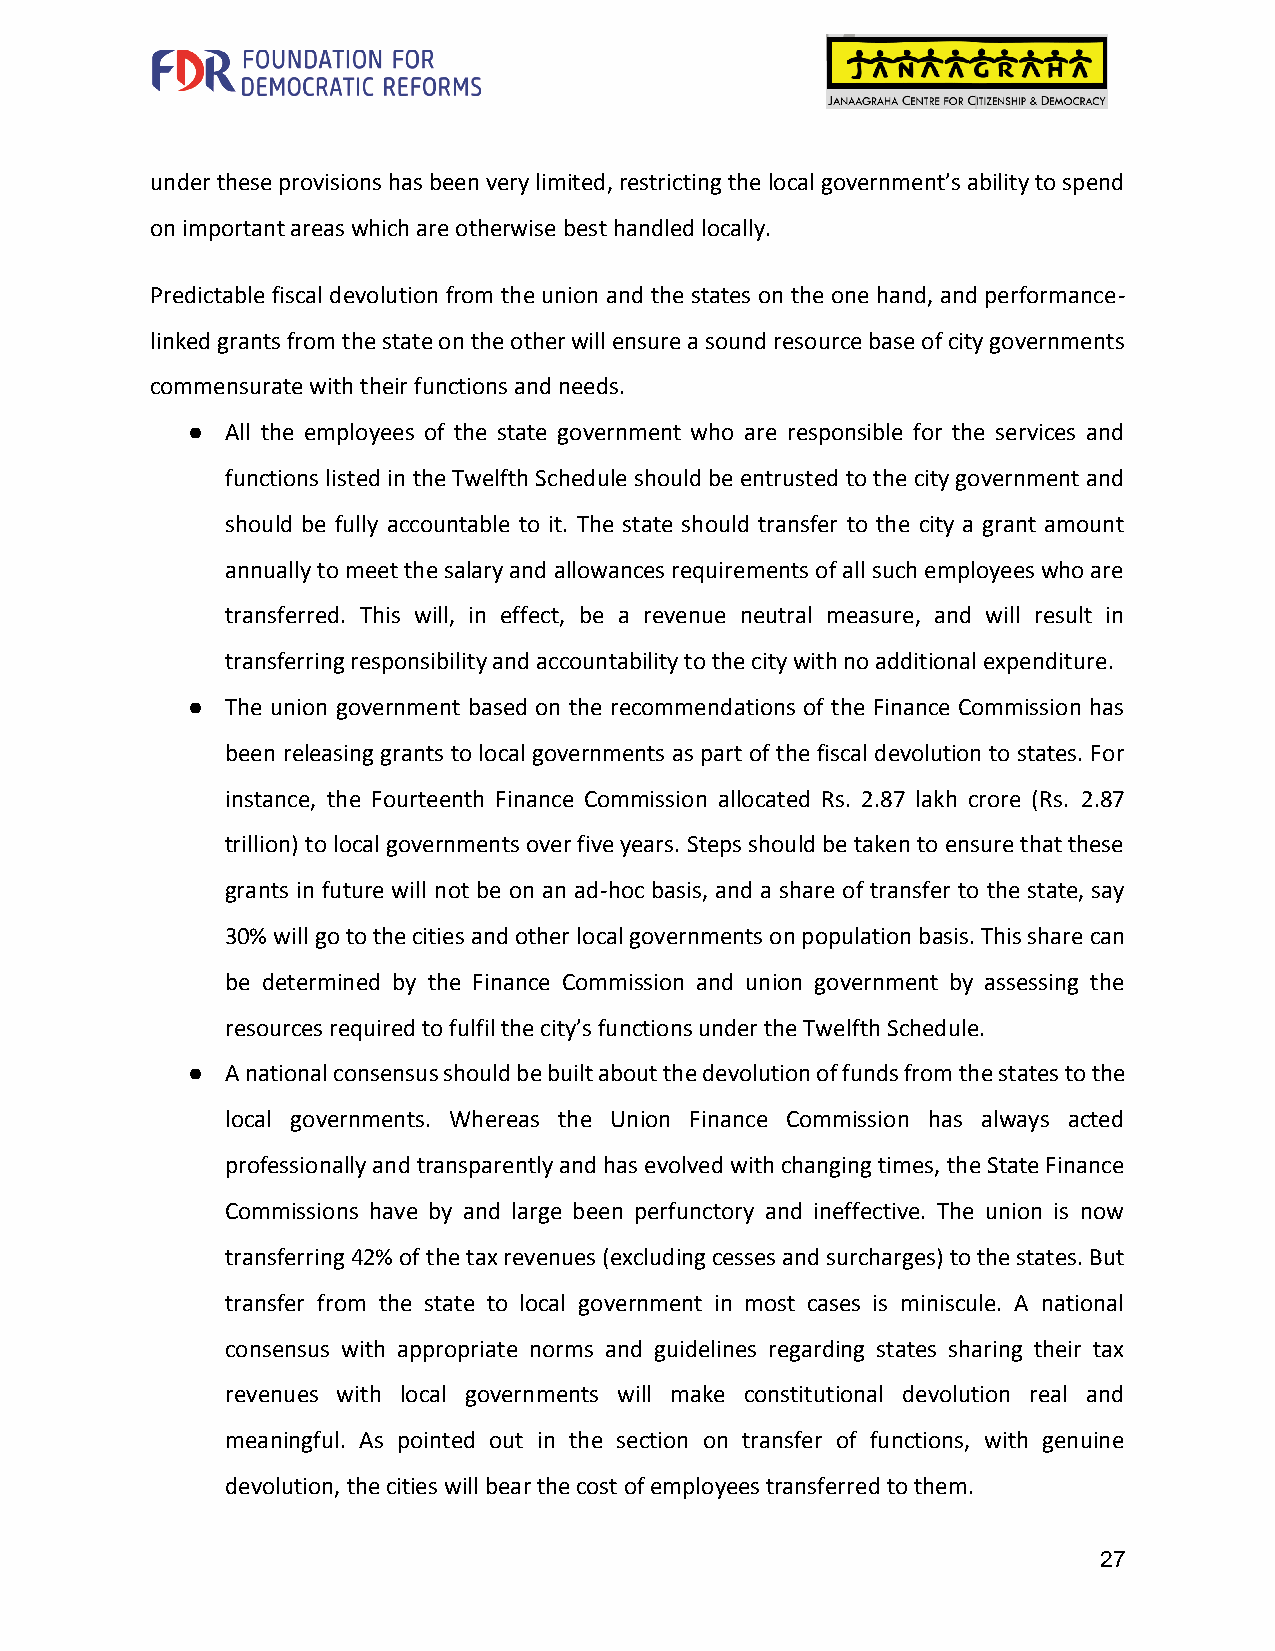
under these provisions has been very limited, restricting the local government’s ability to spend
 on important areas which are otherwise best handled locally.
 Predictable fiscal devolution from the union and the states on the one hand, and performance-
 linked grants from the state on the other will ensure a sound resource base of city governments
 commensurate with their functions and needs.
 ●  All the employees of the state government who are responsible for the services and
 functions listed in the Twelfth Schedule should be entrusted to the city government and
 should be fully accountable to it. The state should transfer to the city a grant amount
 annually to meet the salary and allowances requirements of all such employees who are
 transferred. This will, in effect, be a revenue neutral measure, and will result in
 transferring responsibility and accountability to the city with no additional expenditure.
 ●  The union government based on the recommendations of the Finance Commission has
 been releasing grants to local governments as part of the fiscal devolution to states. For
 instance, the Fourteenth Finance Commission allocated Rs. 2.87 lakh crore (Rs. 2.87
 trillion) to local governments over five years. Steps should be taken to ensure that these
 grants in future will not be on an ad-hoc basis, and a share of transfer to the state, say
 30% will go to the cities and other local governments on population basis. This share can
 be determined by the Finance Commission and union government by assessing the
 resources required to fulfil the city’s functions under the Twelfth Schedule.
 ●  A national consensus should be built about the devolution of funds from the states to the
 local governments. Whereas the Union Finance Commission has always acted
 professionally and transparently and has evolved with changing times, the State Finance
 Commissions have by and large been perfunctory and ineffective. The union is now
 transferring 42% of the tax revenues (excluding cesses and surcharges) to the states. But
 transfer from the state to local government in most cases is miniscule. A national
 consensus with appropriate norms and guidelines regarding states sharing their tax
 revenues with local governments will make constitutional devolution real and
 meaningful. As pointed out in the section on transfer of functions, with genuine
 devolution, the cities will bear the cost of employees transferred to them.
 27